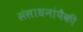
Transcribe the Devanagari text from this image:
संसाधनांपैकी